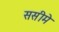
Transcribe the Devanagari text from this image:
ससीमे